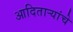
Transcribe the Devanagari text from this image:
आदितार्‍यांचे